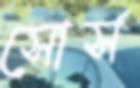
সোর্স